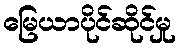
မြေယာပိုင်ဆိုင်မှု